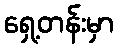
ရှေ့တန်းမှာ